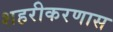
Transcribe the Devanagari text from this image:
शहरीकरणास